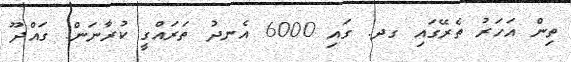
ތިން އަހަރު ތެރޭގައި ގދ. ގައި 6000 އެނދު ތަރައްގީ ކުރާނަން. ގައްދޫ